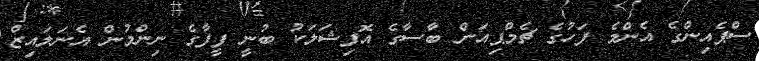
ސްޕެއިންގެ އެންމެ ފަހުގެ ޗެމްޕިއަން ބާސާގެ އޮފިޝަލަކު ބުނީ ފީފާގެ ނިންމުން އެނަލައިޒް